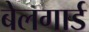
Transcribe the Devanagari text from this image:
बेलगार्ड